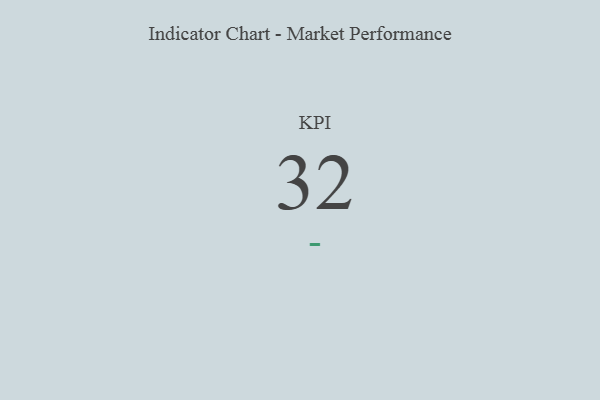
{"axis": {"x": "KPI", "y": "Value"}, "legend": [""], "data": [{"x": "KPI", "y": 32, "type": ""}]}